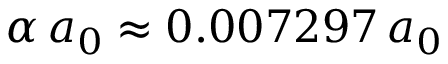
\alpha \, a _ { 0 } \approx 0 . 0 0 7 2 9 7 \, a _ { 0 }